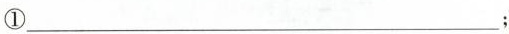
①___;